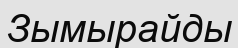
Зымырайды